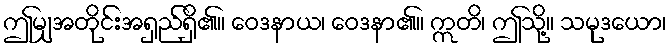
ဤမျှအတိုင်းအရှည်ရှိ၏။ ဝေဒနာယ၊ ဝေဒနာ၏။ ဣတိ၊ ဤသို့။ သမုဒယော၊